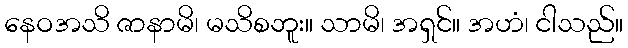
နေဝအသိ ဇာနာမိ၊ မသိစဘူး။ သာမိ၊ အရှင်။ အဟံ၊ ငါသည်။